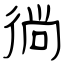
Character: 徜